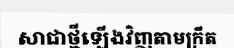
សាជាថ្មីឡើងវិញតាមក្រឹត